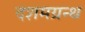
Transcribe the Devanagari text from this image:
दशमग्रन्थ